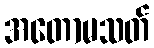
အတောမသတ်